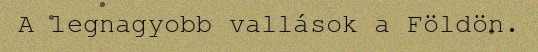
A legnagyobb vallások a Földön.